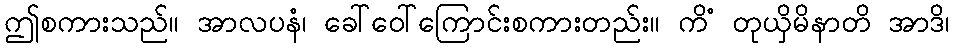
ဤစကားသည်။ အာလပနံ၊ ခေါ်ဝေါ်ကြောင်းစကားတည်း။ ကိံ တုယှိမိနာတိ အာဒိ၊